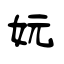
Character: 妧